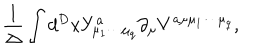
LaTeX: \frac { 1 } { \Delta } \int d ^ { D } x Y _ { { \mu } _ { 1 } { \cdots } { \mu } _ { q } } ^ { a } { \partial } _ { \mu } V ^ { a { \mu } { \mu } _ { 1 } { \cdots } { \mu } _ { q } } ,